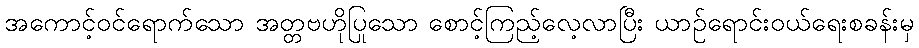
အကောင့်ဝင်ရောက်သော အတ္တဗဟိုပြုသော စောင့်ကြည့်လေ့လာပြီး ယာဉ်ရောင်းဝယ်ရေးစခန်းမှ